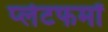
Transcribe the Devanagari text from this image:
प्‍लेटफर्मों